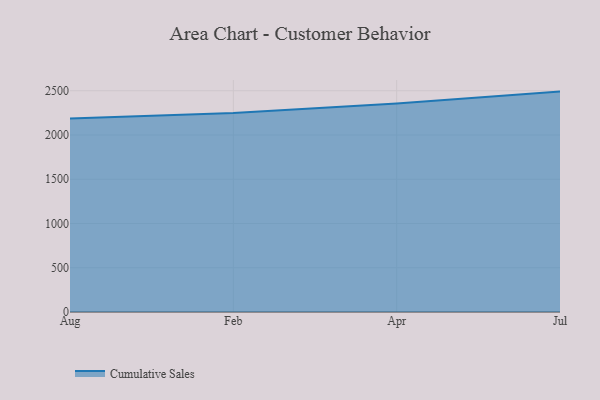
{"axis": {"x": "Month", "y": "LTV (USD)"}, "legend": ["Cumulative Sales"], "data": [{"x": "Aug", "y": 2186.5, "type": "Cumulative Sales"}, {"x": "Feb", "y": 2247.5, "type": "Cumulative Sales"}, {"x": "Apr", "y": 2356.3, "type": "Cumulative Sales"}, {"x": "Jul", "y": 2490.5, "type": "Cumulative Sales"}]}